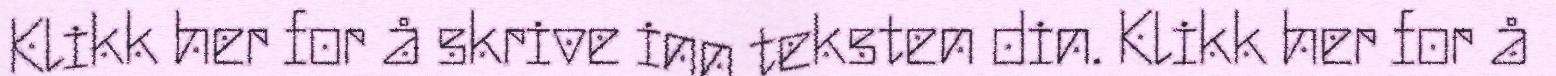
Klikk her for å skrive inn teksten din. Klikk her for å